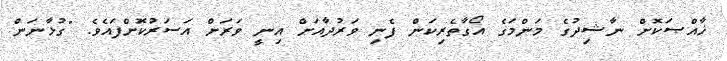
ޚާއްޞަކޮށް ނާޝިދުގެ މަންމަގެ އޯގާތެރިކަން ފެނި ވަރުދާއަށް އިނީ ވަރަށް އަސަރުކޮށްފައެވެ. "ގުޅާނަން